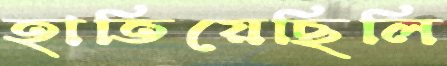
হাতিয়েছিলি